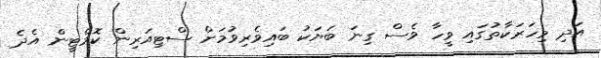
އަދި މިހަރަކާތުގައި ވީހާ ވެސް ގިނަ ބަޔަކު ބައިވެރިވުމަށް ސްޓިއަރިން ކޮމެޓީން އެދެ